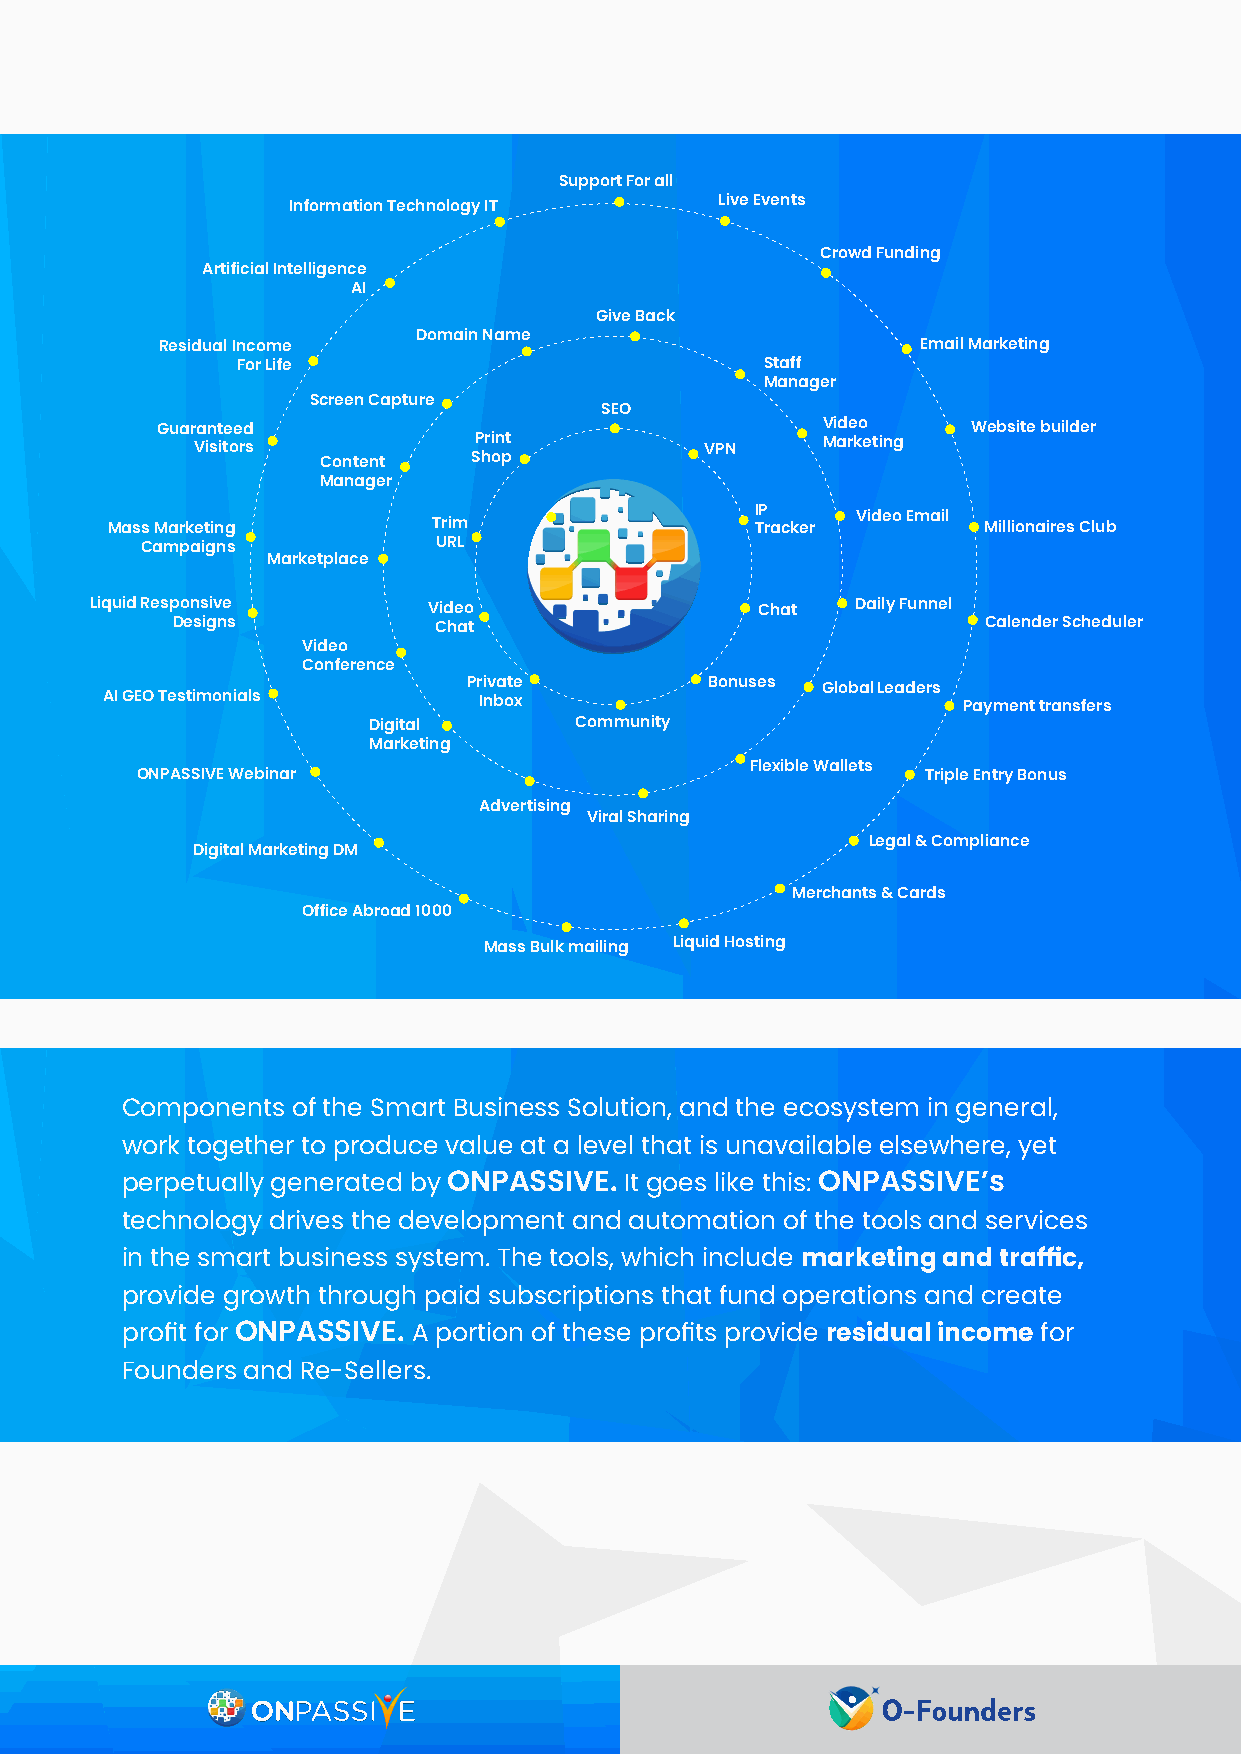
Support For all
 Information Technology IT    Live Events
 Crowd Funding
 Artificial Intelligence
 AI
 Give Back
 Domain Name
 Residual Income                                   Email Marketing
 For Life                           Staff
 Manager
 Screen Capture
 SEO
 Guaranteed                                  Video     Website builder
 Visitors          Print           VPN    Marketing
 Content   Shop
 Manager
 IP
 Video Email
 Mass Marketing        Trim                 Tracker        Millionaires Club
 Campaigns           URL
 Marketplace
 Liquid Responsive     Video                 Chat   Daily Funnel
 Designs           Chat                                Calender Scheduler
 Video
 Conference
 Private         Bonuses Global Leaders
 AI GEO Testimonials      Inbox                           Payment transfers
 Digital       Community
 Marketing
 Flexible Wallets
 ONPASSIVE Webinar                                   Triple Entry Bonus
 Advertising
 Viral Sharing
 Legal & Compliance
 Digital Marketing DM
 Merchants & Cards
 Office Abroad 1000
 Mass Bulk mailing Liquid Hosting
 Components of the Smart Business Solution, and the ecosystem in general,
 work together to produce value at a level that is unavailable elsewhere, yet
 perpetually generated by ONPASSIVE. It goes like this: ONPASSIVE’s
 technology drives the development and automation of the tools and services
 in the smart business system. The tools, which include marketing and traffic,
 provide growth through paid subscriptions that fund operations and create
 profit for ONPASSIVE. A portion of these profits provide residual income for
 Founders and Re-Sellers.